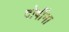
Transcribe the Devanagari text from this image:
दोषींना